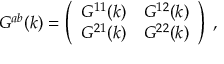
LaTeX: G ^ { a b } ( k ) = \left( \begin{array} { l l } { { G ^ { 1 1 } ( k ) } } & { { G ^ { 1 2 } ( k ) } } \\ { { G ^ { 2 1 } ( k ) } } & { { G ^ { 2 2 } ( k ) } } \end{array} \right) \; ,